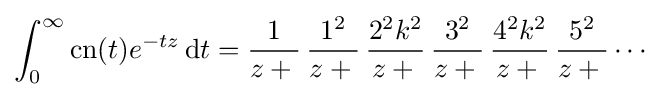
\int _{0}^{\infty }{\textrm {cn}}(t)e^{-tz}\,\mathrm {d} t={\frac {1}{z+{}}}\,{\frac {1^{2}}{z+{}}}\,{\frac {2^{2}k^{2}}{z+{}}}\,{\frac {3^{2}}{z+{}}}\,{\frac {4^{2}k^{2}}{z+{}}}\,{\frac {5^{2}}{z+{}}}\cdots